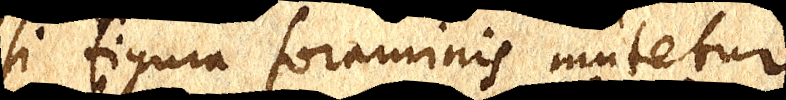
si figura foraminis mutetur,